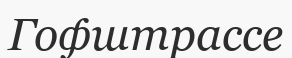
Гофштрассе